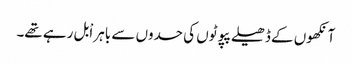
آنکھوں کے ڈھیلے پپوٹوں کی حدوں سے باہر اْبل رہے تھے۔